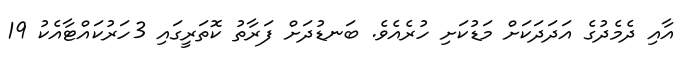
އާއި ދެމެދުގެ އަދަދަކަށް މަޑުކަށި ހުރެއެވެ. ބަނޑުދަށް ފަރާތު ކޮތަރީގައި 3ހަރުކައްޓާއެކު 19